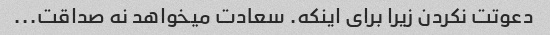
دعوتت نکردن زیرا برای اینکه. سعادت میخواهد نه صداقت...